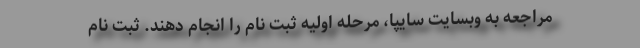
مراجعه به وبسایت سایپا، مرحله اولیه ثبت نام را انجام دهند. ثبت نام